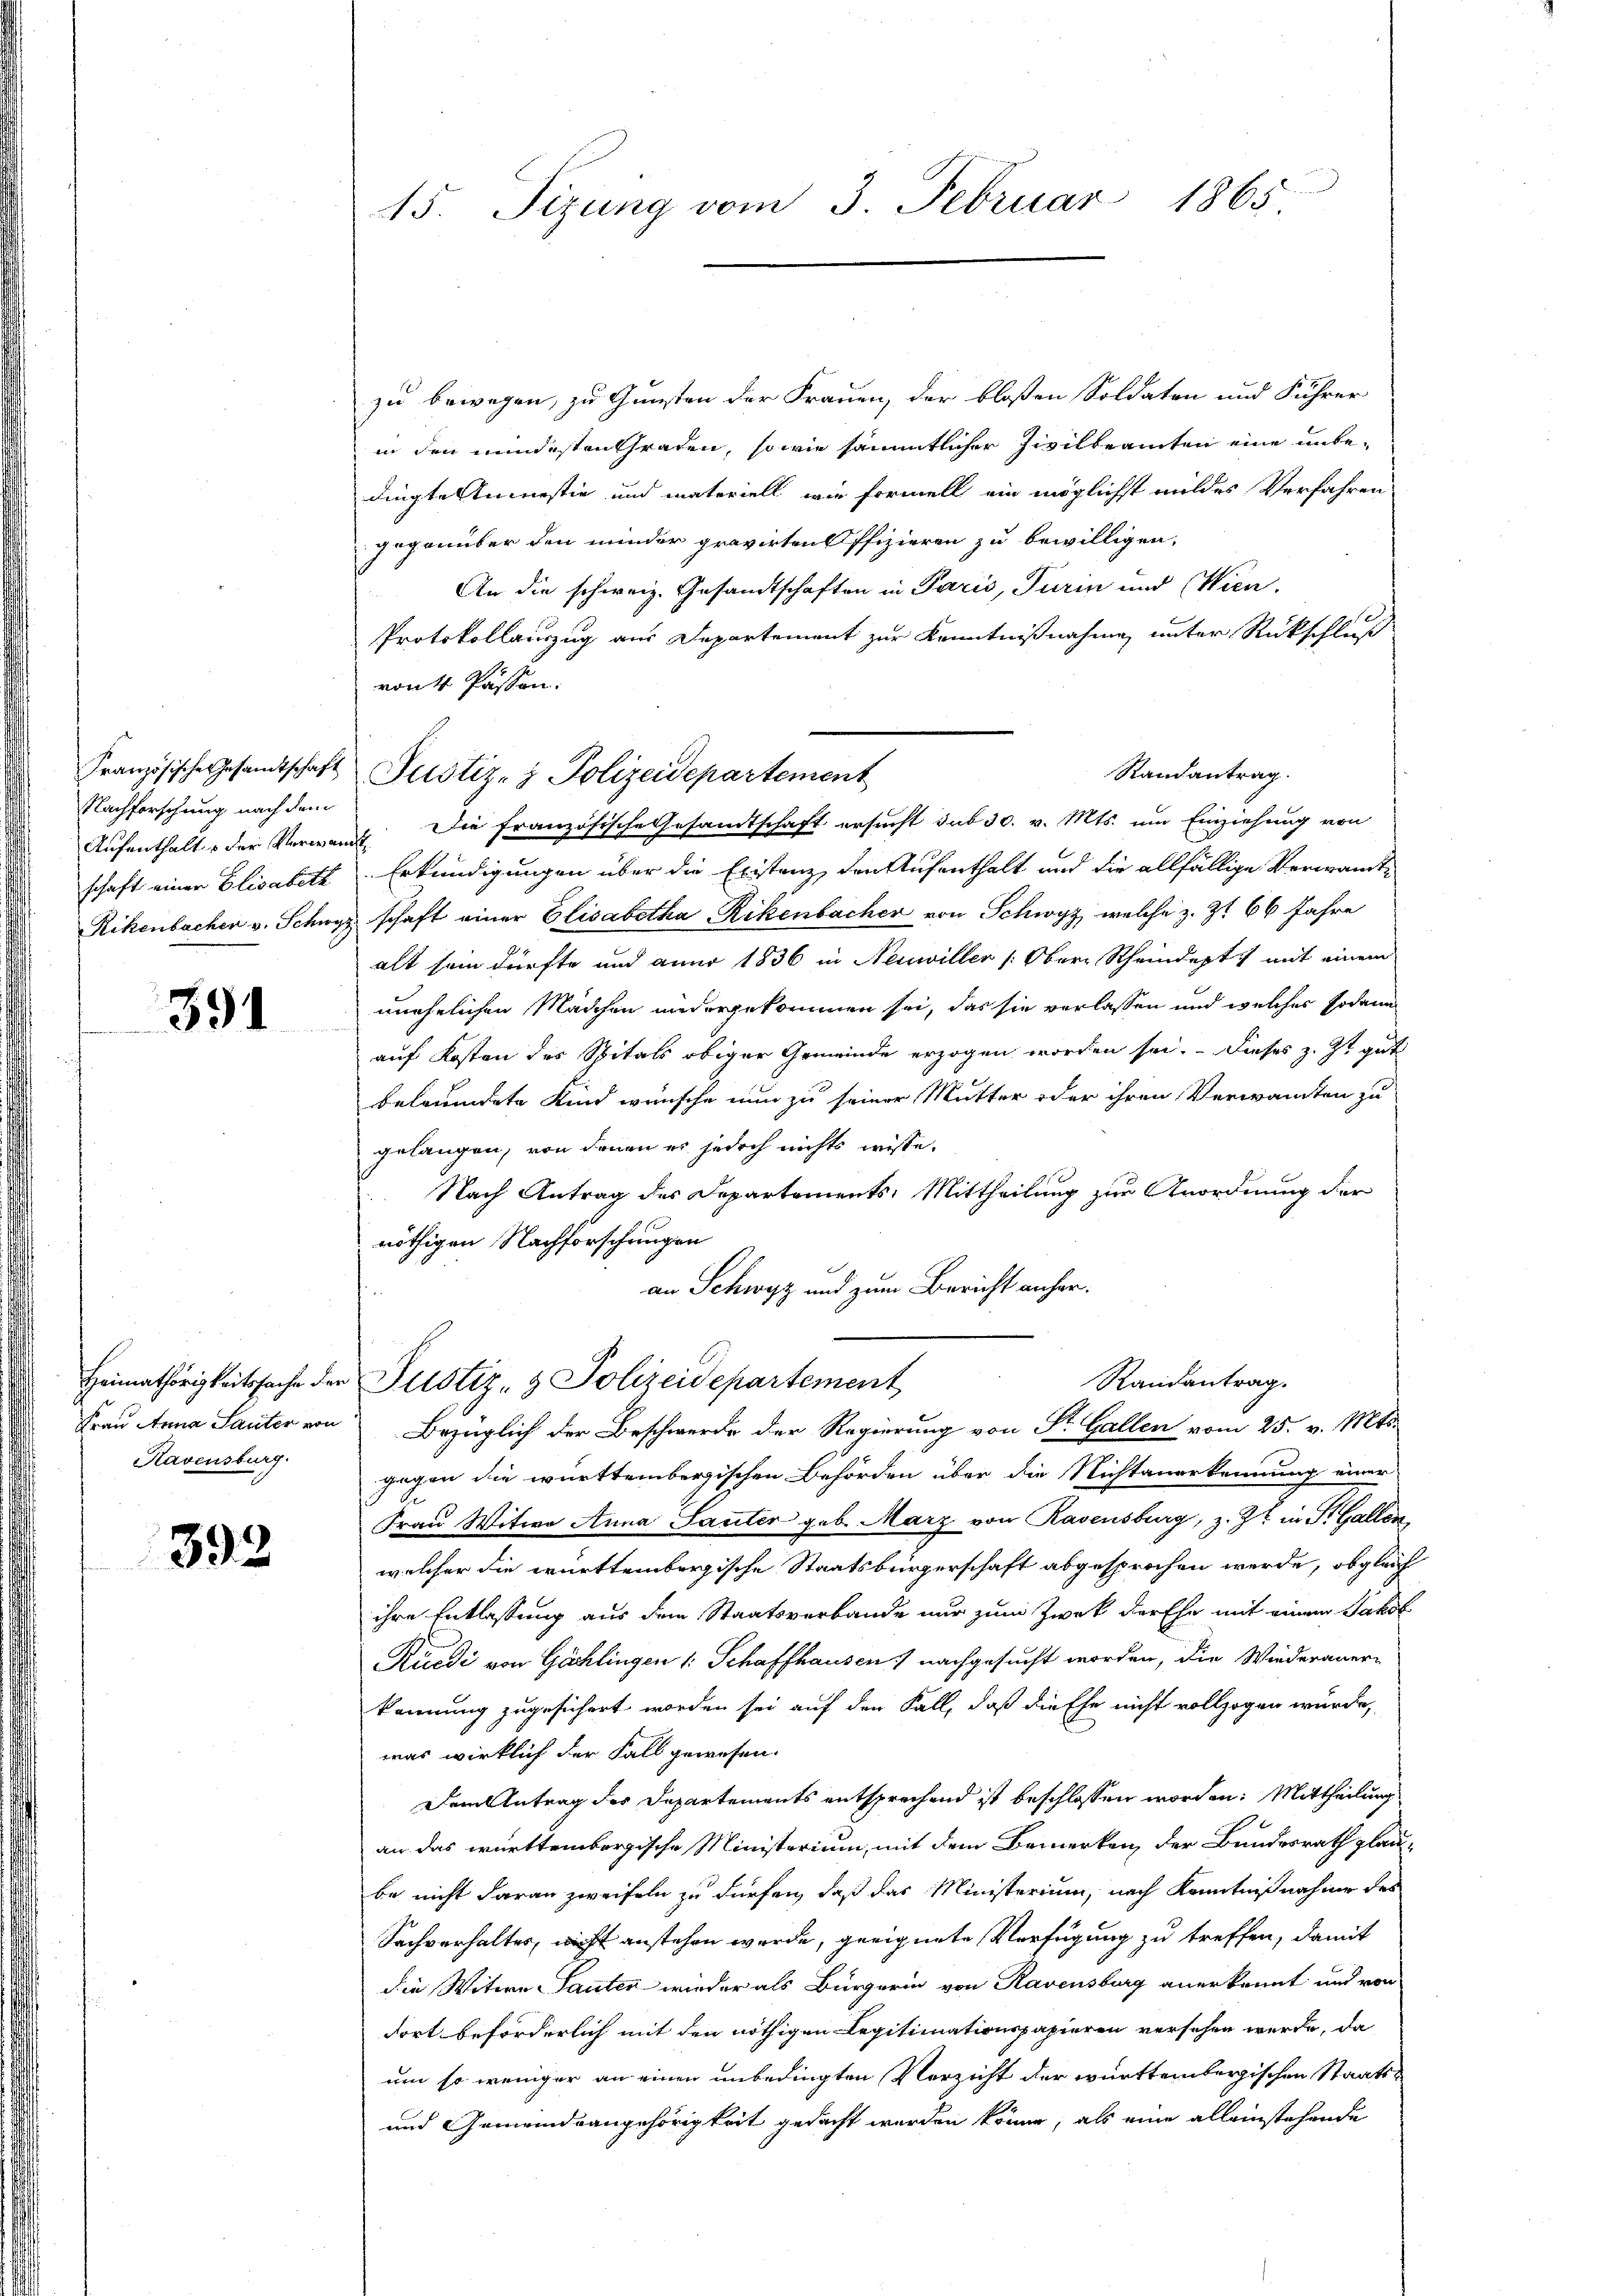
Nachforschung nach dem
schaft einer Elisabeth

391

Havensburg.

392

45. Sizung vom 3. Februar 1865.

zu bewegen, zu Gunsten der Frauen, der bloßen Soldaten und Fuhrer
in den mindesten Graden, sowie sämmtlicher Zivilbeamten eine unbedingte Amnestie und materiell wie formell ein möglichst mildes Verfahren
gegenüber den minder gravirten Offizieren zu bewilligen,
An die schweiz. Gesandtschaften in Paris, Turin und Wien.
Protokollauszug aus Departement zur Kenntnißnahme unter Rückschluß
von 4 Passen.
Randantrag.
Aufenthalt der Verwandt. Die französische Gesandtschaft ersucht sub 30. v. Mts. um Einziehung von
Erkundigungen über die Existanz, den Aufenthalt und die allfällige Verwandt¬
Rikenbacher v. Schwyz schaft einer Elisabetha Rikenbacher von Schwyz, welche z. Zt. 66 Jahre
alt sein dürfte und anno 1836 in Neuwiller (Obers Rheindet mit einem
unehelichen Mädchen niedergekommen sei, das sie verlassen und welches sodann
auf Kosten des Spitals obiger Gemeinde erzogen worden sei. Dieses z. Zt. gut
betreidete Kind wünsche nun zu seiner Mutter oder ihren Verwandten zu
gelangen, von denen er jedoch nichts wisse,
Nach Antrag des Departements: Mittheilung zur Anordnung der
nöthigen Nachforschungen
an Schwyz und zum Bericht anher¬
Randantrag.
Heimathörigkeitssache der Justiz- & Polizeidepartement,
Frau Anna Sauter von Bezüglich der Beschwerde der Regierung von Sr. Gallen vom 25. v. Mts.
gegen die württembergischen Behörden über die Nichtanerkennung einer
Frau Witwe Anna Sauter geb. März von Ravensburg, z. Zt. in P. Gallen
welcher die württembergische Staatsbürgerschaft abgesprochen werde, obgleich
ihre Entlassung aus dem Staatsverbande nur zum Zweck der Ehe mit einem Jakob
Kuedi von Göchlingen (: Schaffhausen) nachgesucht worden, die Wiederaner-
kennung zugesichert worden sei auf den Fall, daß die Ehe nicht vollzogen wurde,
was wirklich der Fall gewesen.
Dem Antrag des Departements entsprechend ist beschlossen worden: Mittheilung
an das württembergische Ministerium, mit dem Bemerken, der Bundesrath glaube nicht daran zweifeln zu dürfen, daß das Ministerium, nach Kenntnißnahme des
Sachverhaltes, nicht anstehen werde, geeignete Verfügung zu treffen, damit
die Witwe Sauter wieder als Bürgerin von Ravensburg anerkannt und von
dort beförderlich mit den nöthigen Legitimationspapieren versehen werde, da
um so weniger an einen unbedingten Verzicht der württembergischen Staats¬
und Gemeindrangehörigkeit gedacht werden könne, als eine alleinstehende

Französische Gesamtschaft Justiz- & Polizeidepartement